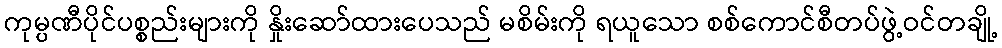
ကုမ္ပဏီပိုင်ပစ္စည်းများကို နှိုးဆော်ထားပေသည် မစိမ်းကို ရယူသော စစ်ကောင်စီတပ်ဖွဲ့ဝင်တချို့